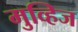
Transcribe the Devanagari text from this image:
मुव्हिज